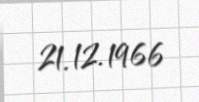
21.12.1966